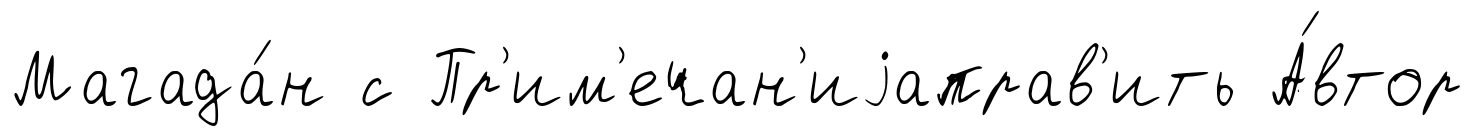
Магада́н с Пр'им'ечан'иjаправ'ить А́втор